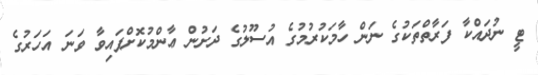
ޓީ ނުދައްކާ ފަރާތްތަކުގެ ނަން ހާމަކުރުމުގެ އުސޫލުގެ ދަށުން ޢާންމުކޮށްފައިވާ ވަނަ އަހަރުގެ